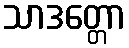
သာဒတ္တော